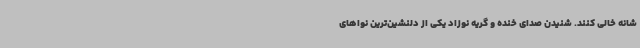
شانه خالی کنند. شنیدن صدای خنده و گریه نوزاد یکی از دلنشین‌ترین نواهای